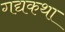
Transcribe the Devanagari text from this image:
गद्यकथा